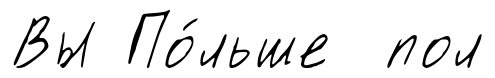
Вы По́льше пол